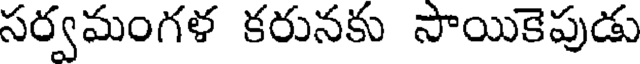
సర్వమంగళ కరునకు సాయికెపుడు